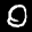
Label: 0